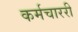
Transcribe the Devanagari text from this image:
कर्मचाररी